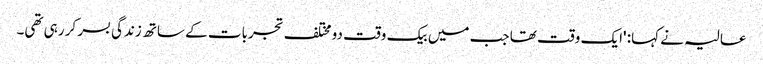
عالیہ نے کہا: 'ایک وقت تھا جب میں بیک وقت دو مختلف تجربات کے ساتھ زندگی بسر کر رہی تھی۔